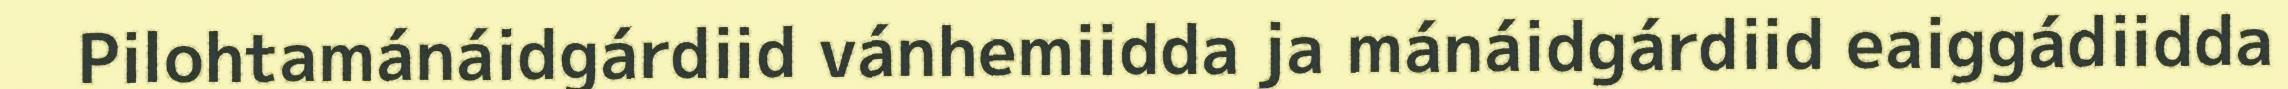
Pilohtamánáidgárdiid vánhemiidda ja mánáidgárdiid eaiggádiidda